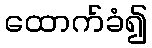
ထောက်ခံ၍